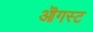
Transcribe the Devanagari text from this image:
ऒगस्ट